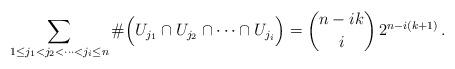
LaTeX: \begin{align*}\sum_{1\leq j_1<j_2<\cdots<j_i\leq n}\#\Big( U_{j_1}\cap U_{j_2}\cap \cdots \cap U_{j_i} \Big)=\binom{n-i k }{ i}\, 2^{n-i(k+1)}\,.\end{align*}